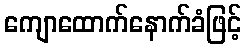
ကျောထောက်နောက်ခံဖြင့်